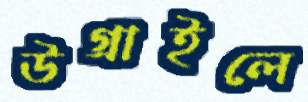
উগ্‌রাইলে